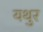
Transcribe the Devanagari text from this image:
यथुर